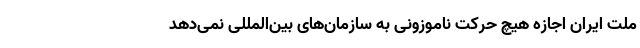
ملت ایران اجازه هیچ حرکت ناموزونی به سازمان‌های بین‌المللی نمی‌دهد